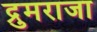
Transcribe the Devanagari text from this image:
द्रुमराजा